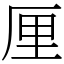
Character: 厘